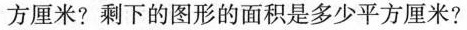
方厘米?剩下的图形的面积是多少平方厘米?